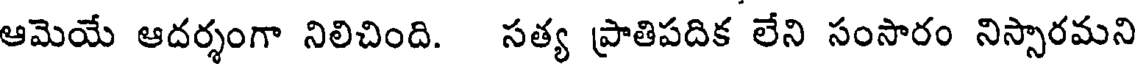
ఆమెయే ఆదర్శంగా నిలిచింది. సత్య ప్రాతిపదిక లేని సంసారం నిస్సారమని